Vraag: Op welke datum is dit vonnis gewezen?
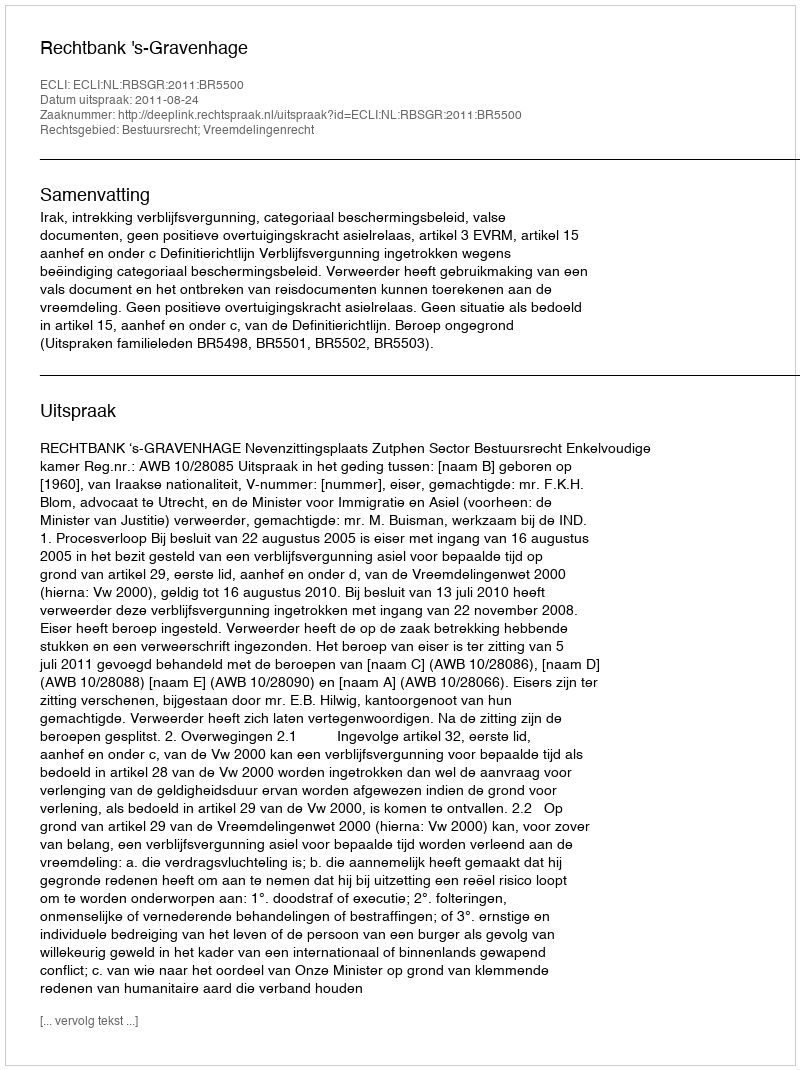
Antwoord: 2011-08-24